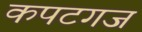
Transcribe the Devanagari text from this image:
कपटगज